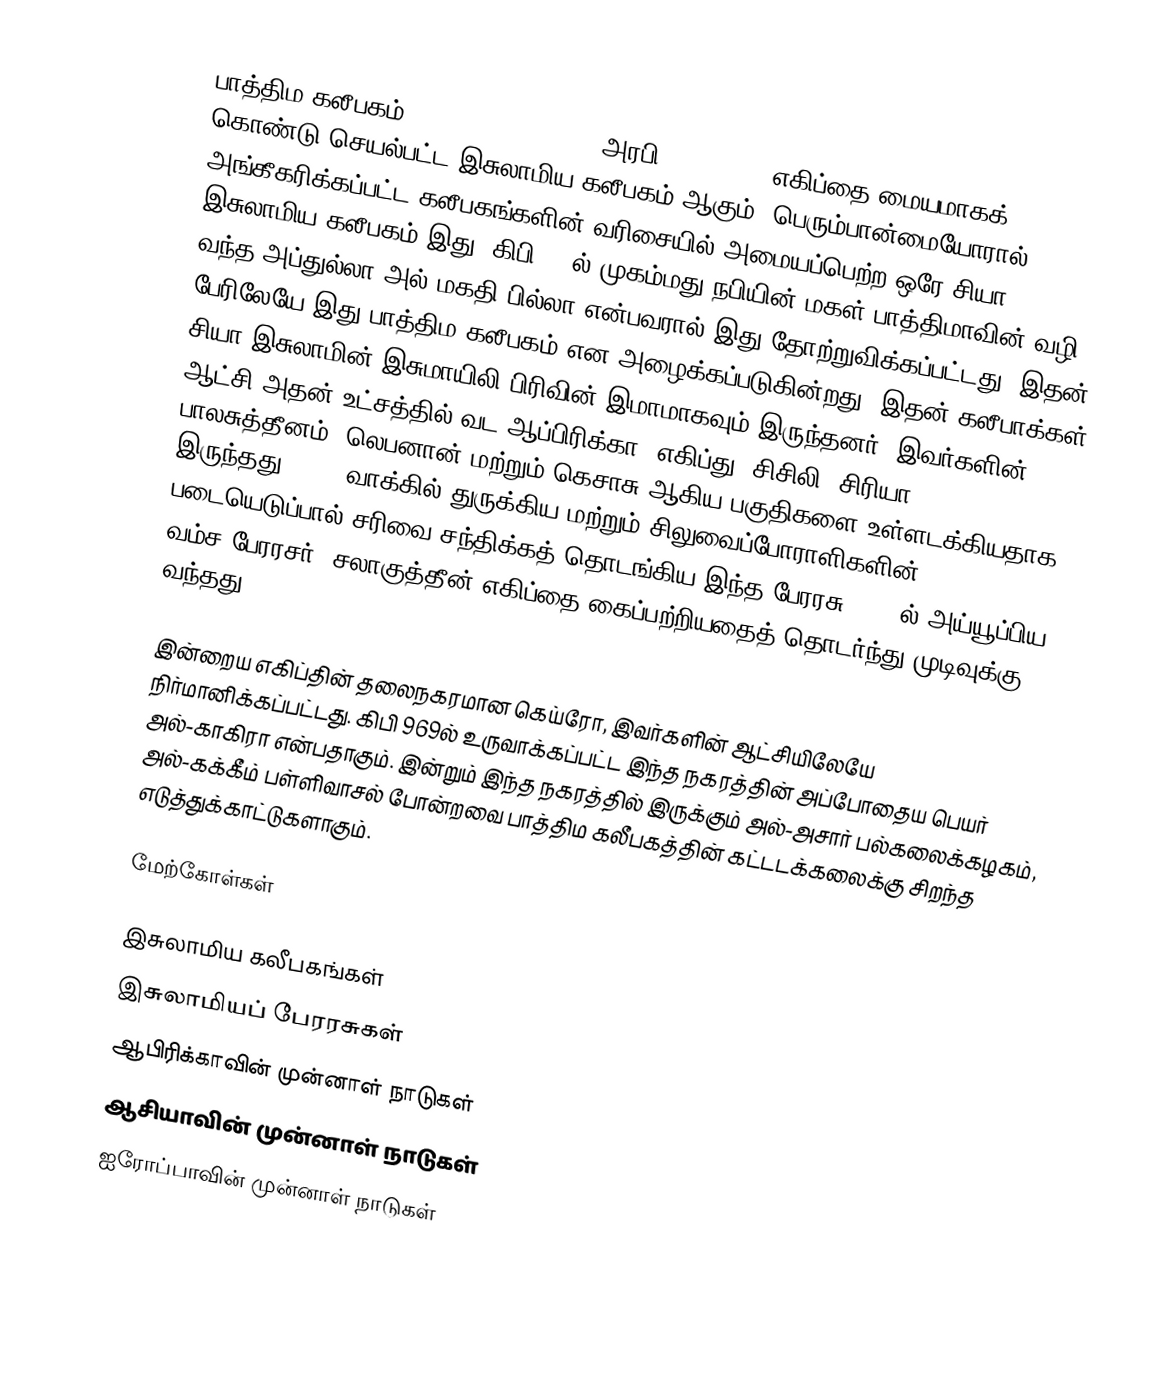
பாத்திம கலீபகம் (Fatimid Caliphate, அரபி:الفاطميون) எகிப்தை மையமாகக் கொண்டு செயல்பட்ட இசுலாமிய கலீபகம் ஆகும். பெரும்பான்மையோரால் அங்கீகரிக்கப்பட்ட கலீபகங்களின் வரிசையில் அமையப்பெற்ற ஒரே சியா இசுலாமிய கலீபகம் இது. கிபி 909ல் முகம்மது நபியின் மகள் பாத்திமாவின் வழி வந்த அப்துல்லா அல் மகதி பில்லா என்பவரால் இது தோற்றுவிக்கப்பட்டது. இதன் பேரிலேயே இது பாத்திம கலீபகம் என அழைக்கப்படுகின்றது. இதன் கலீபாக்கள் சியா இசுலாமின் இசுமாயிலி பிரிவின் இமாமாகவும் இருந்தனர். இவர்களின் ஆட்சி அதன் உட்சத்தில் வட ஆப்பிரிக்கா, எகிப்து, சிசிலி, சிரியா, பாலசுத்தீனம், லெபனான் மற்றும் கெசாசு ஆகிய பகுதிகளை உள்ளடக்கியதாக இருந்தது. 1070 வாக்கில் துருக்கிய மற்றும் சிலுவைப்போராளிகளின் படையெடுப்பால் சரிவை சந்திக்கத் தொடங்கிய இந்த பேரரசு, 1171ல் அய்யூப்பிய வம்ச பேரரசர், சலாகுத்தீன் எகிப்தை கைப்பற்றியதைத் தொடர்ந்து முடிவுக்கு வந்தது.

இன்றைய எகிப்தின் தலைநகரமான கெய்ரோ, இவர்களின் ஆட்சியிலேயே நிர்மானிக்கப்பட்டது. கிபி 969ல் உருவாக்கப்பட்ட இந்த நகரத்தின் அப்போதைய பெயர் அல்-காகிரா என்பதாகும். இன்றும் இந்த நகரத்தில் இருக்கும் அல்-அசார் பல்கலைக்கழகம், அல்-கக்கீம் பள்ளிவாசல் போன்றவை பாத்திம கலீபகத்தின் கட்டடக்கலைக்கு சிறந்த எடுத்துக்காட்டுகளாகும்.

மேற்கோள்கள்

இசுலாமிய கலீபகங்கள்
இசுலாமியப் பேரரசுகள்
ஆபிரிக்காவின் முன்னாள் நாடுகள்
ஆசியாவின் முன்னாள் நாடுகள்
ஐரோப்பாவின் முன்னாள் நாடுகள்